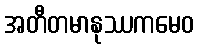
အတီတမာနုဿကမေဝ